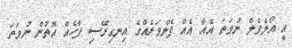
އީ އޯލެވެލް ނުވަތަ އެއާ އެއް ފެންވަރެއްގެ އިނގިރޭސި ފާހެއް އޮތުން ނުވަތަ